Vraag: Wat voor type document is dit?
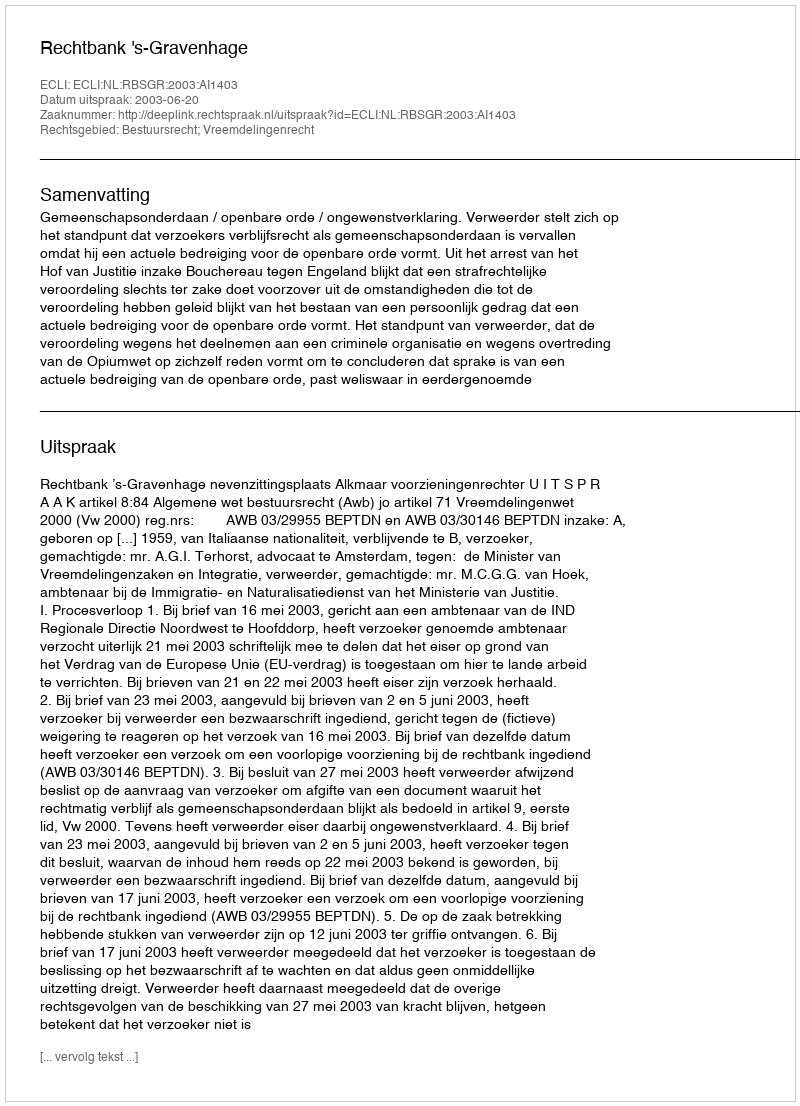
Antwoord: Uitspraak